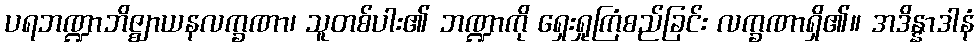
ပရဘဏ္ဍာဘိဇ္ဈာယနလက္ခဏာ၊ သူတစ်ပါး၏ ဘဏ္ဍာကို ရှေးရှုကြံစည်ခြင်း လက္ခဏာရှိ၏။ အဒိန္နာဒါနံ